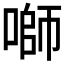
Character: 𱓻